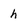
Character: h